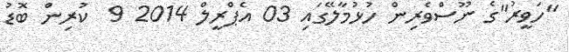
"ހަވީރު"ގެ ނޫސްވެރިން ހުޅުމާލޭގައި 03 އެޕްރީލް 2014 9  ކުރިން ބޮޑު